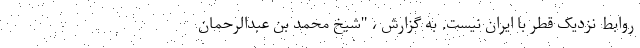
روابط نزدیک قطر با ایران نیست. به گزارش ، "شیخ محمد بن عبدالرحمان